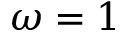
\omega = 1